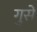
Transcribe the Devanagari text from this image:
गुसे